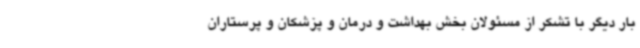
بار دیگر با تشکر از مسئولان بخش بهداشت و درمان و پزشکان و پرستاران